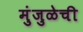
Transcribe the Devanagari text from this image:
मुंजुळेची